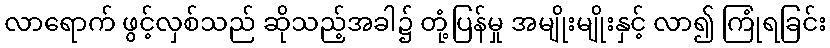
လာရောက် ဖွင့်လှစ်သည် ဆိုသည့်အခါ၌ တုံ့ပြန်မှု အမျိုးမျိုးနှင့် လာ၍ ကြုံရခြင်း